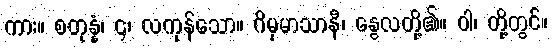
ကား။ စတုန္နံ၊ ၄၊ လကုန်သော။ ဂိမှမာသာနီ၊ နွေလတို့၏။ ဝါ၊ တို့တွင်။